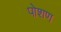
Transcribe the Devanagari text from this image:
पोशण